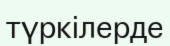
түркілерде